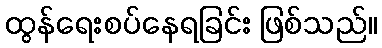
ထွန်ရေးစပ်နေရခြင်း ဖြစ်သည်။